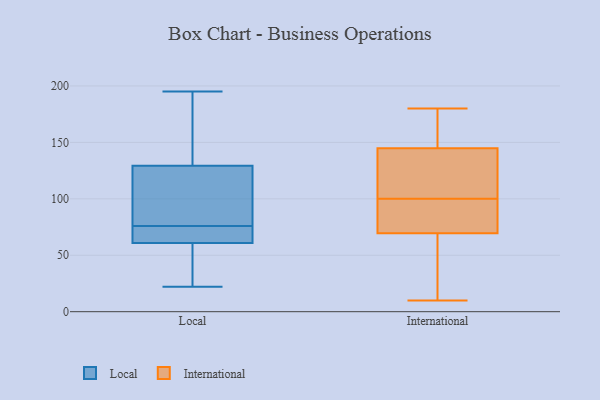
{"axis": {"x": "Headcount", "y": "Value"}, "legend": ["International", "Local"], "data": [{"x": "", "y": 76, "type": "Local"}, {"x": "", "y": 88, "type": "Local"}, {"x": "", "y": 25, "type": "Local"}, {"x": "", "y": 66, "type": "Local"}, {"x": "", "y": 22, "type": "Local"}, {"x": "", "y": 162, "type": "Local"}, {"x": "", "y": 59, "type": "Local"}, {"x": "", "y": 143, "type": "Local"}, {"x": "", "y": 66, "type": "Local"}, {"x": "", "y": 195, "type": "Local"}, {"x": "", "y": 87, "type": "Local"}, {"x": "", "y": 180, "type": "International"}, {"x": "", "y": 73, "type": "International"}, {"x": "", "y": 174, "type": "International"}, {"x": "", "y": 55, "type": "International"}, {"x": "", "y": 180, "type": "International"}, {"x": "", "y": 143, "type": "International"}, {"x": "", "y": 10, "type": "International"}, {"x": "", "y": 77, "type": "International"}, {"x": "", "y": 100, "type": "International"}, {"x": "", "y": 96, "type": "International"}, {"x": "", "y": 129, "type": "International"}, {"x": "", "y": 102, "type": "International"}, {"x": "", "y": 71, "type": "International"}, {"x": "", "y": 115, "type": "International"}, {"x": "", "y": 150, "type": "International"}, {"x": "", "y": 65, "type": "International"}, {"x": "", "y": 42, "type": "International"}]}